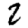
Digit: 2